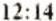
12:14